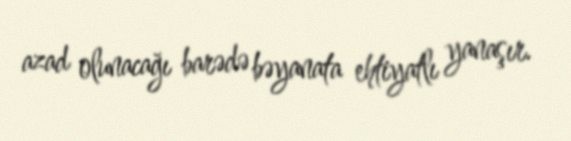
azad olunacağı barədə bəyanata ehtiyatlı yanaşır.